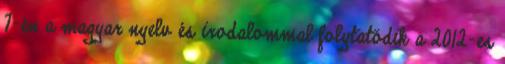
7-én a magyar nyelv és irodalommal folytatódik a 2012-es